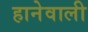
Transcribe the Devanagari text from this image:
हानेवाली